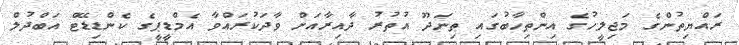
ރައްޔިތުންގެ މަޖިލީހުގެ އިންތިހާބުގައި ތިނަދޫ އުތުރު ދާއިރާއަށް ވާދަކުރައްވާ އެމްޑީޕީގެ ކެންޑިޑޭޓް އަބްދުލް